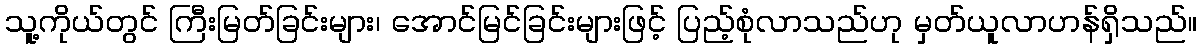
သူ့ကိုယ်တွင် ကြီးမြတ်ခြင်းများ၊ အောင်မြင်ခြင်းများဖြင့် ပြည့်စုံလာသည်ဟု မှတ်ယူလာဟန်ရှိသည်။